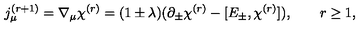
j _ { \mu } ^ { ( r + 1 ) } = \nabla _ { \mu } \chi ^ { ( r ) } = ( 1 \pm \lambda ) ( \partial _ { \pm } \chi ^ { ( r ) } - [ E _ { \pm } , \chi ^ { ( r ) } ] ) , \qquad r \geq 1 ,